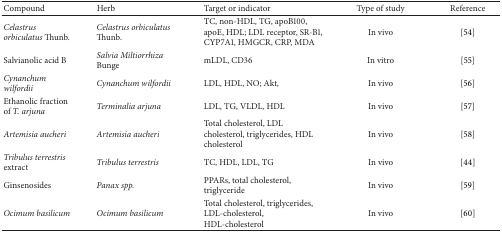
| Compound | Herb | Target or indicator | Type of study | Reference |
 | --- | --- | --- | --- | --- |
 | Celastrus orbiculatus Thunb. | Celastrus orbiculatus Thunb. | TC, non-HDL, TG, apoB100, apoE, HDL; LDL receptor, SR-B1, CYP7A1, HMGCR, CRP, MDA | In vivo | [54] |
 | Salvianolic acid B | Salvia Miltiorrhiza Bunge | mLDL, CD36 | In vitro | [55] |
 | Cynanchum wilfordii | Cynanchum wilfordii | LDL, HDL, NO; Akt, | In vivo | [56] |
 | Ethanolic fraction of T. arjuna | Terminalia arjuna | LDL, TG, VLDL, HDL | In vivo | [57] |
 | Artemisia aucheri | Artemisia aucheri | Total cholesterol, LDL cholesterol, triglycerides, HDL cholesterol | In vivo | [58] |
 | Tribulus terrestris extract | Tribulus terrestris | TC, HDL, LDL, TG | In vivo | [44] |
 | Ginsenosides | Panax spp. | PPARs, total cholesterol, triglyceride | In vivo | [59] |
 | Ocimum basilicum | Ocimum basilicum | Total cholesterol, triglycerides, LDL-cholesterol, HDL-cholesterol | In vivo | [60] |